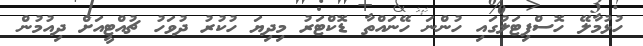
ހުޅުމާލޭ ހޮސްޕިޓަލުގައި ހުންނަ ހޭނައްތާ ޑޮކްޓަރު މިދިޔަ ހުކުރު ދުވަހު ޗުއްޓީއަށް ދިއުމުން